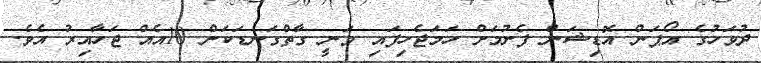
ދުވަހުގެ އޯޕަން އޮޑިޝަން ފެށުމަށް ހަމަޖެހިފައި ވަނީ ގާތްގަނޑަކަށް 10އެއް ޖަހާއިރު އެވެ.